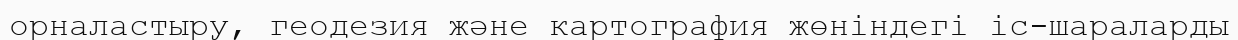
орналастыру, геодезия және картография жөніндегі іс-шараларды